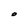
Character: O